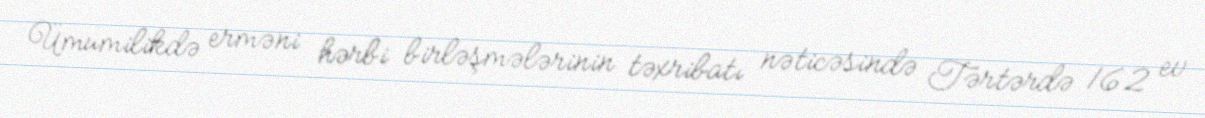
Ümumilikdə erməni hərbi birləşmələrinin təxribatı nəticəsində Tərtərdə 162 ev